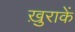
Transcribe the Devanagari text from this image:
ख़ुराकें